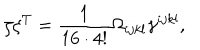
\zeta \zeta ^ { T } = \frac { 1 } { 1 6 \cdot 4 ! } \Omega _ { i j k l } \gamma ^ { i j k l } , \quad \quad \quad \quad \quad \quad \quad \quad \quad \;